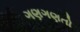
ગણગણતો